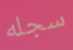
سجله